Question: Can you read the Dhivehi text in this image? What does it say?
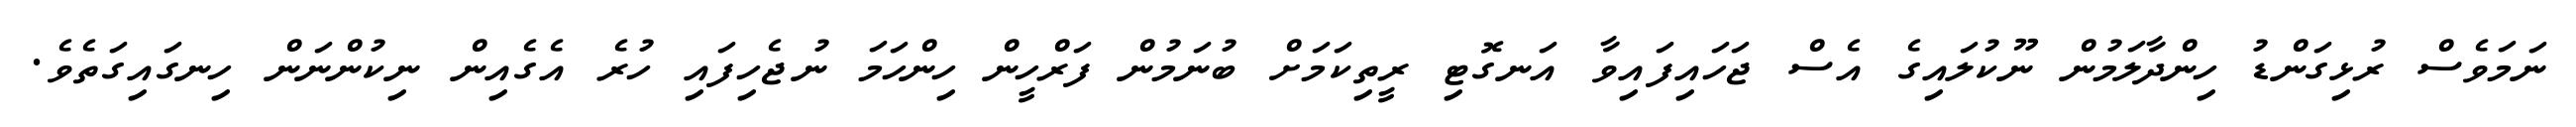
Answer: ނަމަވެސް ރުޅިގަންޑު ހިންދާލަމުން ނޫކުލައިގެ އެސް ޖަހައިފައިވާ އަނގޮޓި ރީތިކަމަށް ބުނަމުން ފަރްހީން ހިންހަމަ ނުޖެހިފައި ހުރެ އެގެއިން ނިކުންނަން ހިނގައިގަތެވެ.